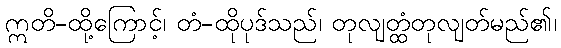
ဣတိ-ထို့ကြောင့်၊ တံ-ထိုပုဒ်သည်၊ တုလျတ္ထံတုလျတ်မည်၏၊